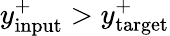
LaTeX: y_{\mathrm{input}}^{+}>y_{\mathrm{target}}^{+}